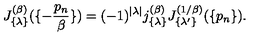
J _ { \{ \lambda \} } ^ { ( \beta ) } ( \{ - { \frac { p _ { n } } { \beta } } \} ) = ( - 1 ) ^ { | \lambda | } j _ { \{ \lambda \} } ^ { ( \beta ) } J _ { \{ \lambda ^ { \prime } \} } ^ { ( 1 / \beta ) } ( \{ p _ { n } \} ) .